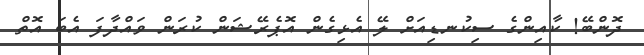
ދޮންބޭ! ކާއިންގެ ސިކުނޑިއަށް ލޭ އެޅިގެން އޮޕެރޭޝަން ކުރަން ވައްދާފަ އެބަ އޮތް